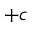
+ c